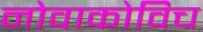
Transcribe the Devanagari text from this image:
नोवाकोविच